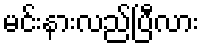
မင်းနားလည်ပြီလား